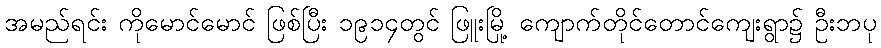
အမည်ရင်း ကိုမောင်မောင် ဖြစ်ပြီး ၁၉၁၄တွင် ဖြူးမြို့ ကျောက်တိုင်တောင်ကျေးရွာ၌ ဦးဘပု